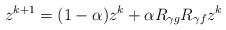
LaTeX: \begin{align*}z^{k+1}=(1-\alpha)z^k+\alpha R_{\gamma g}R_{\gamma f}z^k\end{align*}